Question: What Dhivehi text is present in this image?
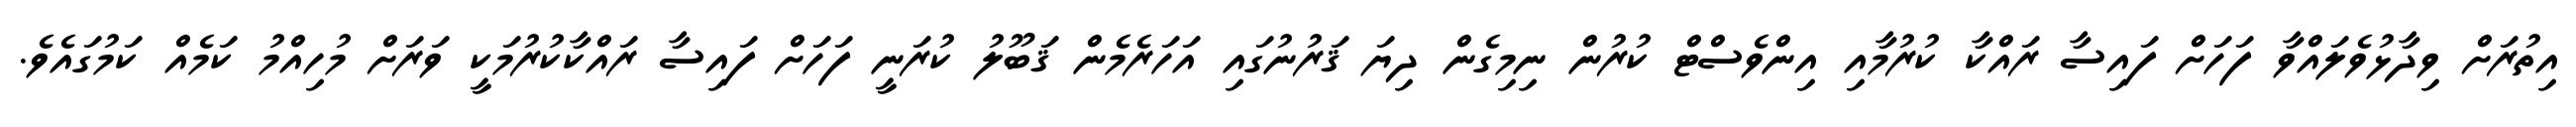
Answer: އިތުރަށް ވިދާޅުވެލައްވާ ފަހަށް ފައިސާ ރައްކާ ކުރުމާއި އިންވެސްޓް ކުރުން ނިމިގެން ދިޔަ ޤަރުނުގައި އަހަރެމެން ޤަބޫލު ކުރަނީ ފަހަށް ފައިސާ ރައްކާކުރުމަކީ ވަރަށް މުހިއްމު ކަމެއް ކަމުގައެވެ.